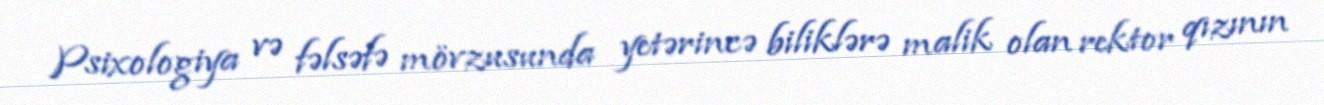
Psixologiya və fəlsəfə mövzusunda yetərincə biliklərə malik olan rektor qızının